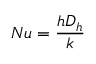
N u = \frac { h D _ { h } } { k }